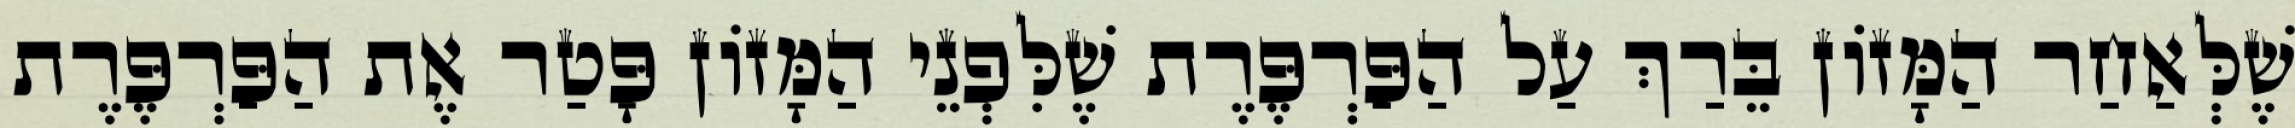
שֶׁלְּאַחַר הַמָּזוֹן בֵּרַךְ עַל הַפַּרְפֶּרֶת שֶׁלִּפְנֵי הַמָּזוֹן פָּטַר אֶת הַפַּרְפֶּרֶת